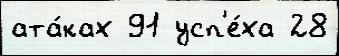
ата́ках 91 усп'е́ха 28